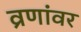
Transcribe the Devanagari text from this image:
व्रणांवर